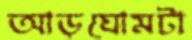
আড়ঘোমটা